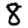
Digit: 8